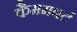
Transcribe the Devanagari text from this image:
कैममबर्ट